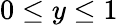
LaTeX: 0\le y\le 1